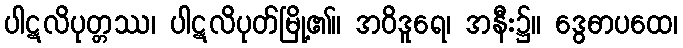
ပါဋလိပုတ္တဿ၊ ပါဋလိပုတ်မြို့၏။ အဝိဒူရေ၊ အနီး၌။ ဒွေဓာပထေ၊